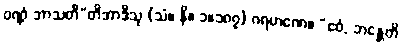
ဝဏ္ဏံ ဘာသတီ”တိအာဒီသု (သံ။ နိ။ ၁။၁၈၇) ဂရဟဏေ။ “ဧဝံ, ဘန္တေတိ